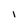
Character: I